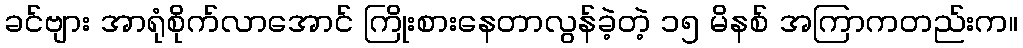
ခင်ဗျား အာရုံစိုက်လာအောင် ကြိုးစားနေတာလွန်ခဲ့တဲ့ ၁၅ မိနစ် အကြာကတည်းက။